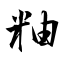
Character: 粙